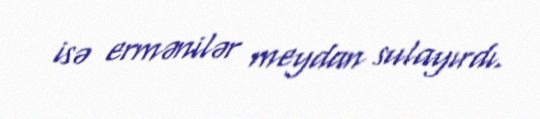
isə ermənilər meydan sulayırdı.